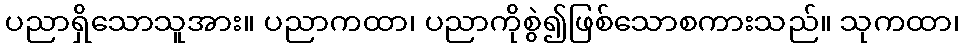
ပညာရှိသောသူအား။ ပညာကထာ၊ ပညာကိုစွဲ၍ဖြစ်သောစကားသည်။ သုကထာ၊